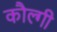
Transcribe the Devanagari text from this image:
कौल्गी